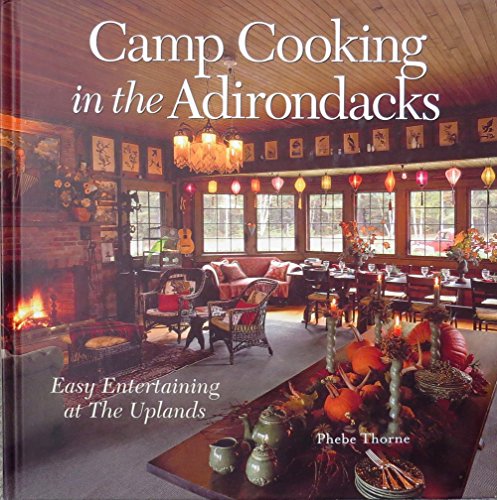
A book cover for Camp cooking in the Adirondacks; Phebe Thorne; Cookbooks, Food & Wine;